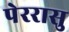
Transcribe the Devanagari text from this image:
पेररासु